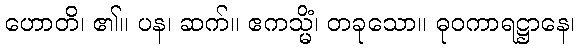
ဟောတိ၊ ၏။ ပန၊ ဆက်။ ဧကသ္မိံ၊ တခုသော။ ဓုဝကာရဋ္ဌာနေ၊